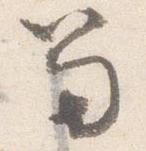
笏